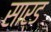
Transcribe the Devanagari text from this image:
सार्ड